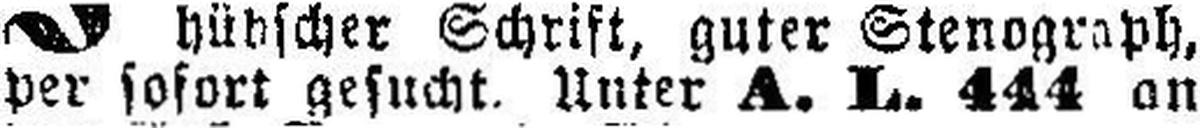
per sofort gesucht. Unter A. L. 444 on